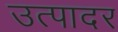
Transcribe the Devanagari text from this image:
उत्पादर